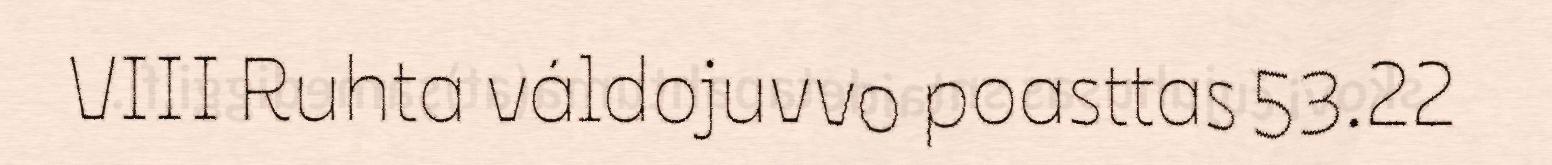
VIII Ruhta váldojuvvo poasttas 53.22